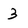
Character: 3